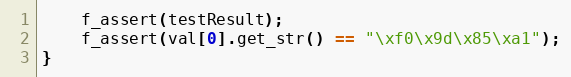
Language: C++
    f_assert(testResult);
    f_assert(val[0].get_str() == "\xf0\x9d\x85\xa1");
}